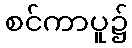
စင်ကာပူ၌